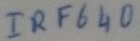
Text: IRF640